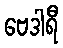
ဗေဒါရီ